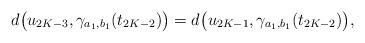
LaTeX: \begin{align*}d\bigl(u_{2K-3}, \gamma_{a_1,b_1}(t_{2K-2})\bigr)=d\bigl(u_{2K-1}, \gamma_{a_1,b_1}(t_{2K-2})\bigr),\end{align*}